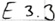
Text: E3.3